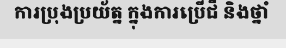
ការប្រុងប្រយ័ត្ន ក្នុងការប្រើជី និងថ្នាំ